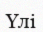
Үлі